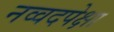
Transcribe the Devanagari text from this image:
नव्वदपेक्षा